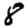
Digit: 8